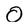
Character: 0